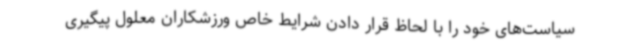
سیاست‌های خود را با لحاظ قرار دادن شرایط خاص ورزشکاران معلول پیگیری